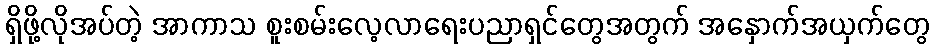
ရှိဖို့လိုအပ်တဲ့ အာကာသ စူးစမ်းလေ့လာရေးပညာရှင်တွေအတွက် အနှောက်အယှက်တွေ